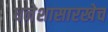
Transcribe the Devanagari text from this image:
धनेशासारखेच